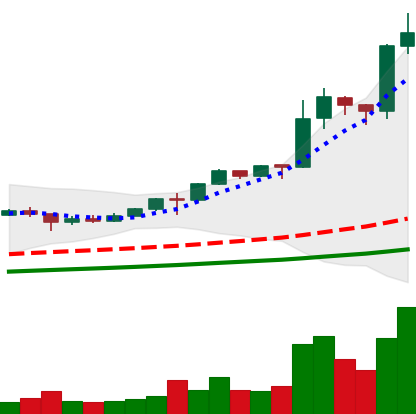
Ticker: LINK-USD
Chart end date: 2020-08-13
Forward return: -6.26%
Label: down_5_7